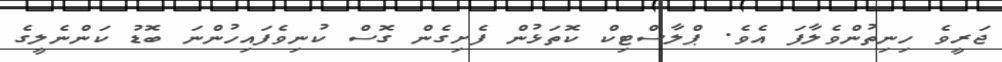
ޖަރީވެ ހިނިތުންވެލާފަ އެވެ. ޕްލާސްޓިކް ކޮތަޅުން ފެށިގެން ގޮސް ކުނިވެފައިހުންނަ ބޮޑު ކަންނެލީގެ